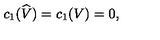
c _ { 1 } ( \widehat { V } ) = c _ { 1 } ( V ) = 0 ,